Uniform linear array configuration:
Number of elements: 16
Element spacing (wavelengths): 1
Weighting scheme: blackman
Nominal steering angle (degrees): -15
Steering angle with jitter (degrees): -16.837
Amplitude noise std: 0.05
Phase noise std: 0.05

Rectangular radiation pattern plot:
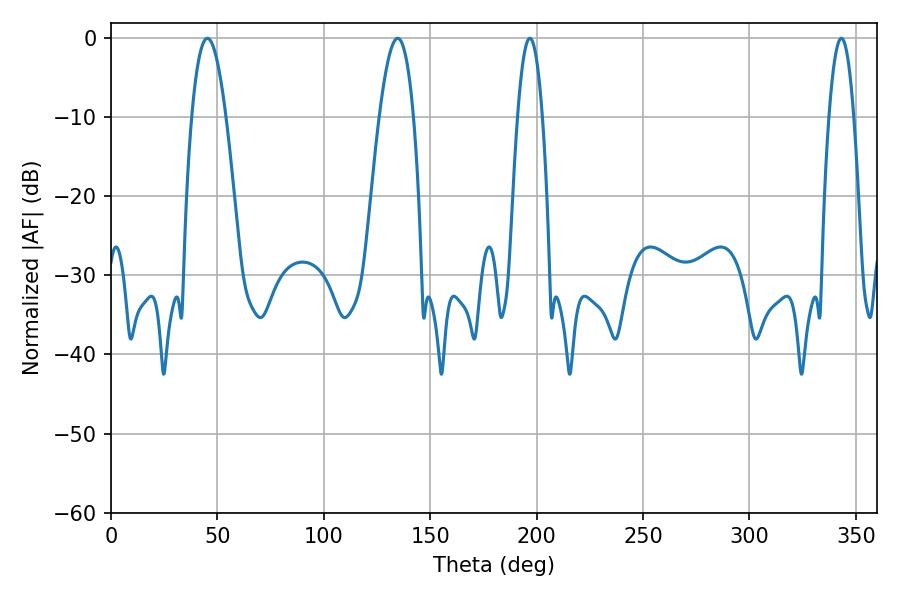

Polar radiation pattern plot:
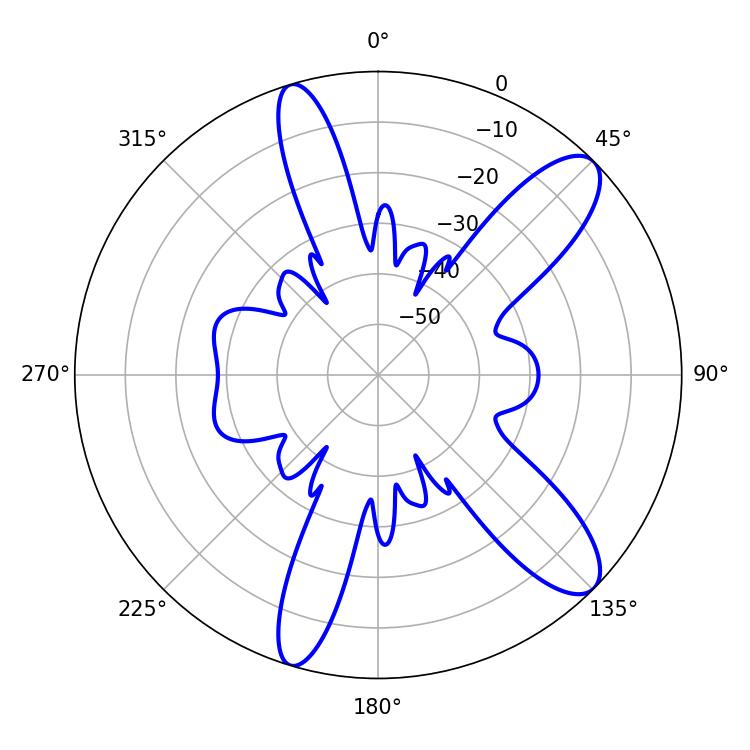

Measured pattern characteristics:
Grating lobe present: TRUE
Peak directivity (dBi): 10.807
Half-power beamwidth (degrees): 8.82
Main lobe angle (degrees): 45.36